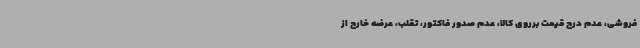
فروشی، عدم درج قیمت برروی کالا، عدم صدور فاکتور، تقلب، عرضه خارج از